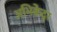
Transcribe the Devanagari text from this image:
अभिकेंद्र